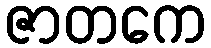
ဇာတကေ